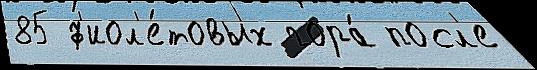
85 ф'иол'е́товых гора́ посл'е